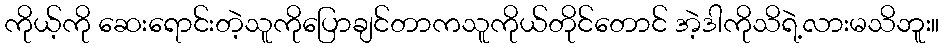
ကိုယ့်ကို ဆေးရောင်းတဲ့သူကိုပြောချင်တာကသူကိုယ်တိုင်တောင် အဲ့ဒါကိုသိရဲ့လားမသိဘူး။